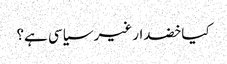
کیا خضدار غیر سیاسی ہے؟